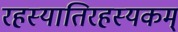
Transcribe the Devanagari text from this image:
रहस्यातिरहस्यकम्